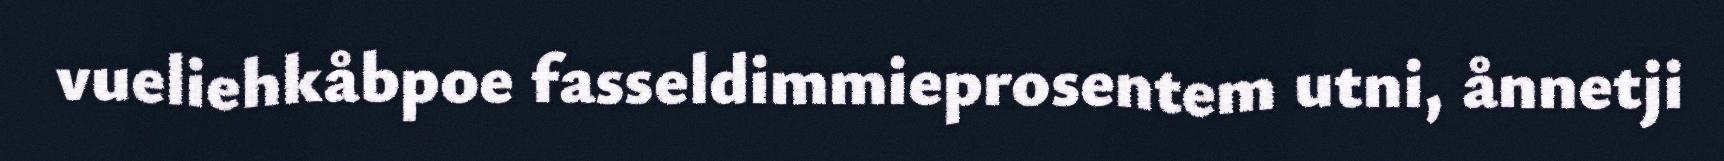
vueliehkåbpoe fasseldimmieprosentem utni, ånnetji